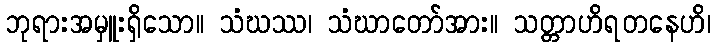
ဘုရားအမှူးရှိသော။ သံဃဿ၊ သံဃာတော်အား။ သတ္တာဟိရတနေဟိ၊